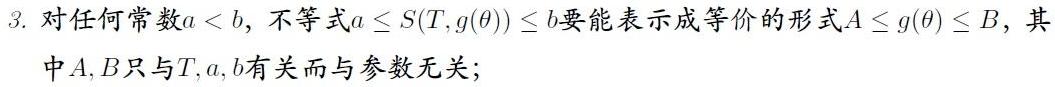
3. 对任何常数$a < b$，不等式$a \leq S(T, g(\theta)) \leq b$要能表示成等价的形式$A \leq g(\theta) \leq B$，其中$A,B$只与$T,a,b$有关而与参数无关；